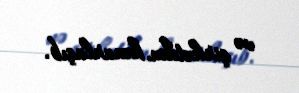
və şirkətdən kənarlaşıb.